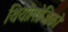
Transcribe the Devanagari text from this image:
थियोलोजिको